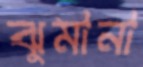
ঝুমানা